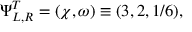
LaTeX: \Psi _ { L , R } ^ { T } = ( \chi , \omega ) \equiv ( 3 , 2 , 1 / 6 ) ,